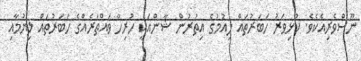
ނޫސްވެރިއެކެވެ. ކުޅިވަރު ހަބަރުތައް ލިއުމުގެ އިތުރުން ޝާންއަކީ ހުރިހާ ވައްތަރެއްގެ ހަބަރުތައް ލިޔުމާއި